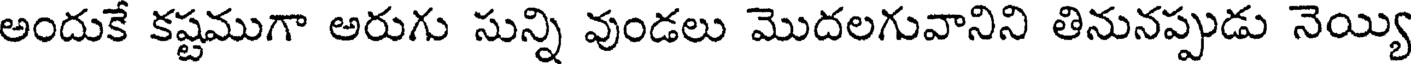
అందుకే కష్టముగా అరుగు సున్ని వుండలు మొదలగువానిని తినునప్పుడు నెయ్యి